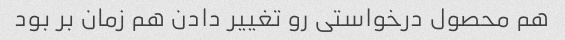
هم محصول درخواستی رو تغییر دادن هم زمان بر بود